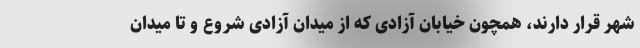
شهر قرار دارند، همچون خیابان آزادی که از میدان آزادی شروع و تا میدان